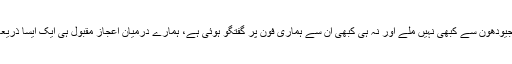
مولانا مدنی نے وضاحت کی کہ ہم ڈاکٹر راجیودھون سے کبھی نہیں ملے اور نہ ہی کبھی ان سے ہماری فون پر گفتگو ہوئی ہے، ہمارے درمیان اعجاز مقبول ہی ایک ایسا ذریعہ تھے جو ہماری بات ان تک پہنچاتے تھے۔